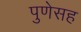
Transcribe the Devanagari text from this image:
पुणेसह